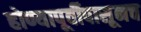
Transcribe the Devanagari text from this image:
होण्यापूर्वीपासूनच